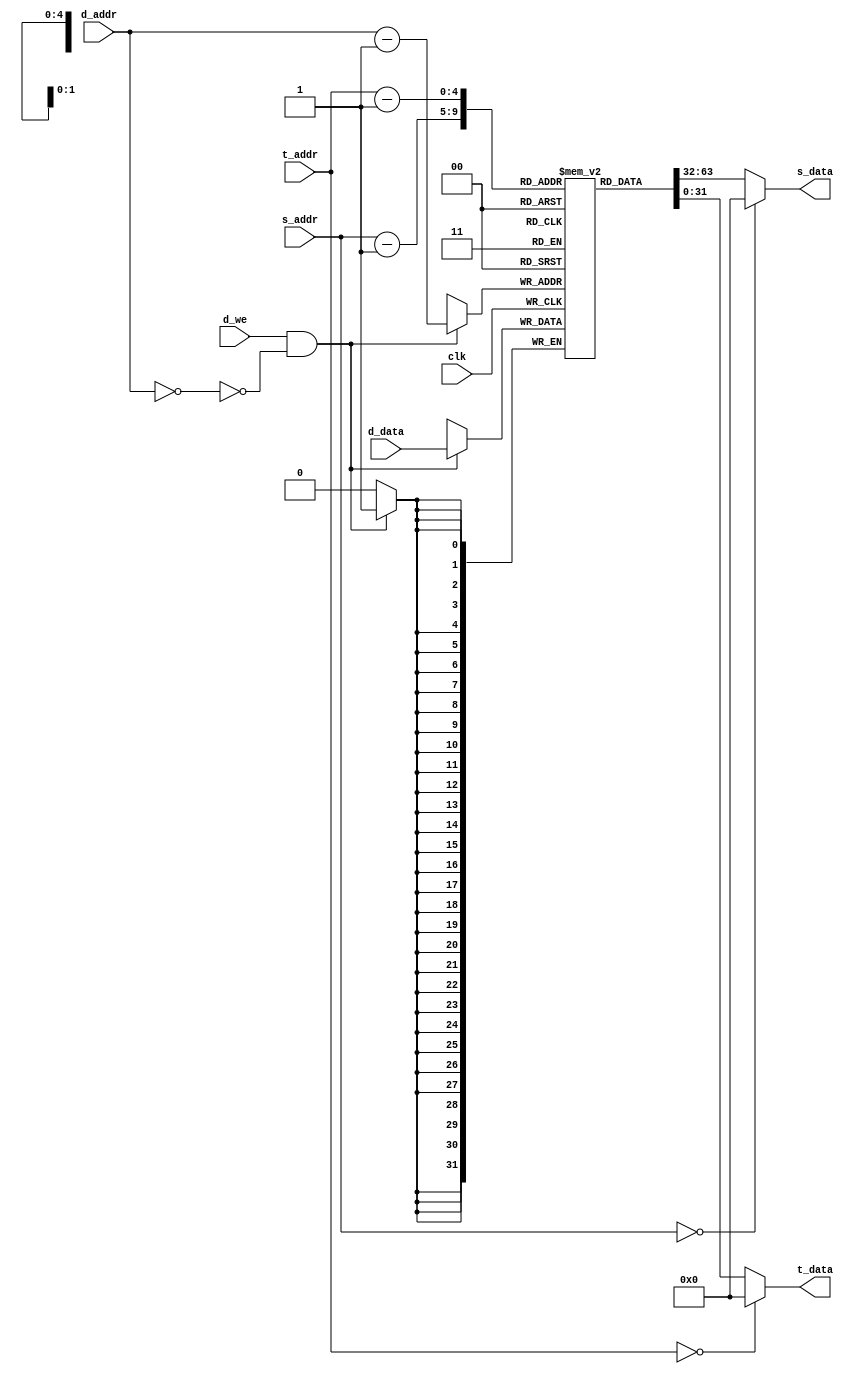
module regfile #(
    parameter ADDR_WIDTH = 5,
    parameter DATA_WIDTH = 32
)(
    input                   clk,

    input  [ADDR_WIDTH-1:0] s_addr,
    output [DATA_WIDTH-1:0] s_data,

    input  [ADDR_WIDTH-1:0] t_addr,
    output [DATA_WIDTH-1:0] t_data,

    input                   d_we,
    input  [ADDR_WIDTH-1:0] d_addr,
    input  [DATA_WIDTH-1:0] d_data
);

    reg [DATA_WIDTH-1:0] regs [0:2**ADDR_WIDTH-2];

    wire s_zero = s_addr == {ADDR_WIDTH{1'b0}};
    wire t_zero = t_addr == {ADDR_WIDTH{1'b0}};
    wire d_zero = d_addr == {ADDR_WIDTH{1'b0}};

`ifndef SYNTHESIS
    integer i;
    initial for (i = 0; i < 2**ADDR_WIDTH-1; i = i + 1) regs[i] = 0;

`ifdef __ICARUS__
    wire [DATA_WIDTH-1:0] regs_ [0:2**ADDR_WIDTH-1];
    genvar k;
    for (k = 0; k < 2**ADDR_WIDTH; k = k + 1) begin : genreg
            assign regs_[k] = regs[k];
    end
`endif // __ICARUS__
`endif // SYNTHESIS

    always @(negedge clk)
        if (d_we && ~d_zero)
            regs[d_addr - 1] <= d_data;

    assign s_data = s_zero ? {DATA_WIDTH{1'b0}} : regs[s_addr - 1];
    assign t_data = t_zero ? {DATA_WIDTH{1'b0}} : regs[t_addr - 1];

endmodule